Indian journal of veterinary science and animal husbandry - Volumes 26-27, 1956-1957
Year: 1956
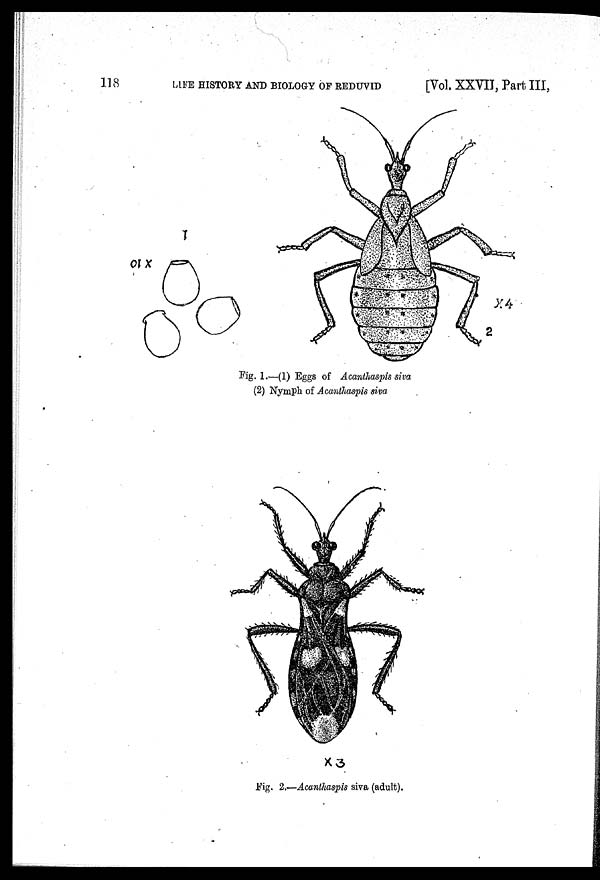
118
LIFE HISTORY AND BIOLOGY OF REDUVID
[Vol. XXVII, Part III,
Fig. 1.—(1) Eggs of Acanthaspis siva
(2) Nymph of Acanthaspis siva
Fig. 2.—Acanthaspis siva (adult).